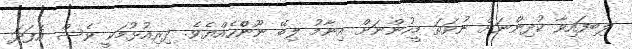
ލިބިފައިވާ ކުދިންނަށް ނުވަތަ މީހުންނަށް އިނާމު ލިބޭ ނޫންެހެއްޔެވެ. ދިރިއުޅުމަކީ ވެސް އެފަދަ